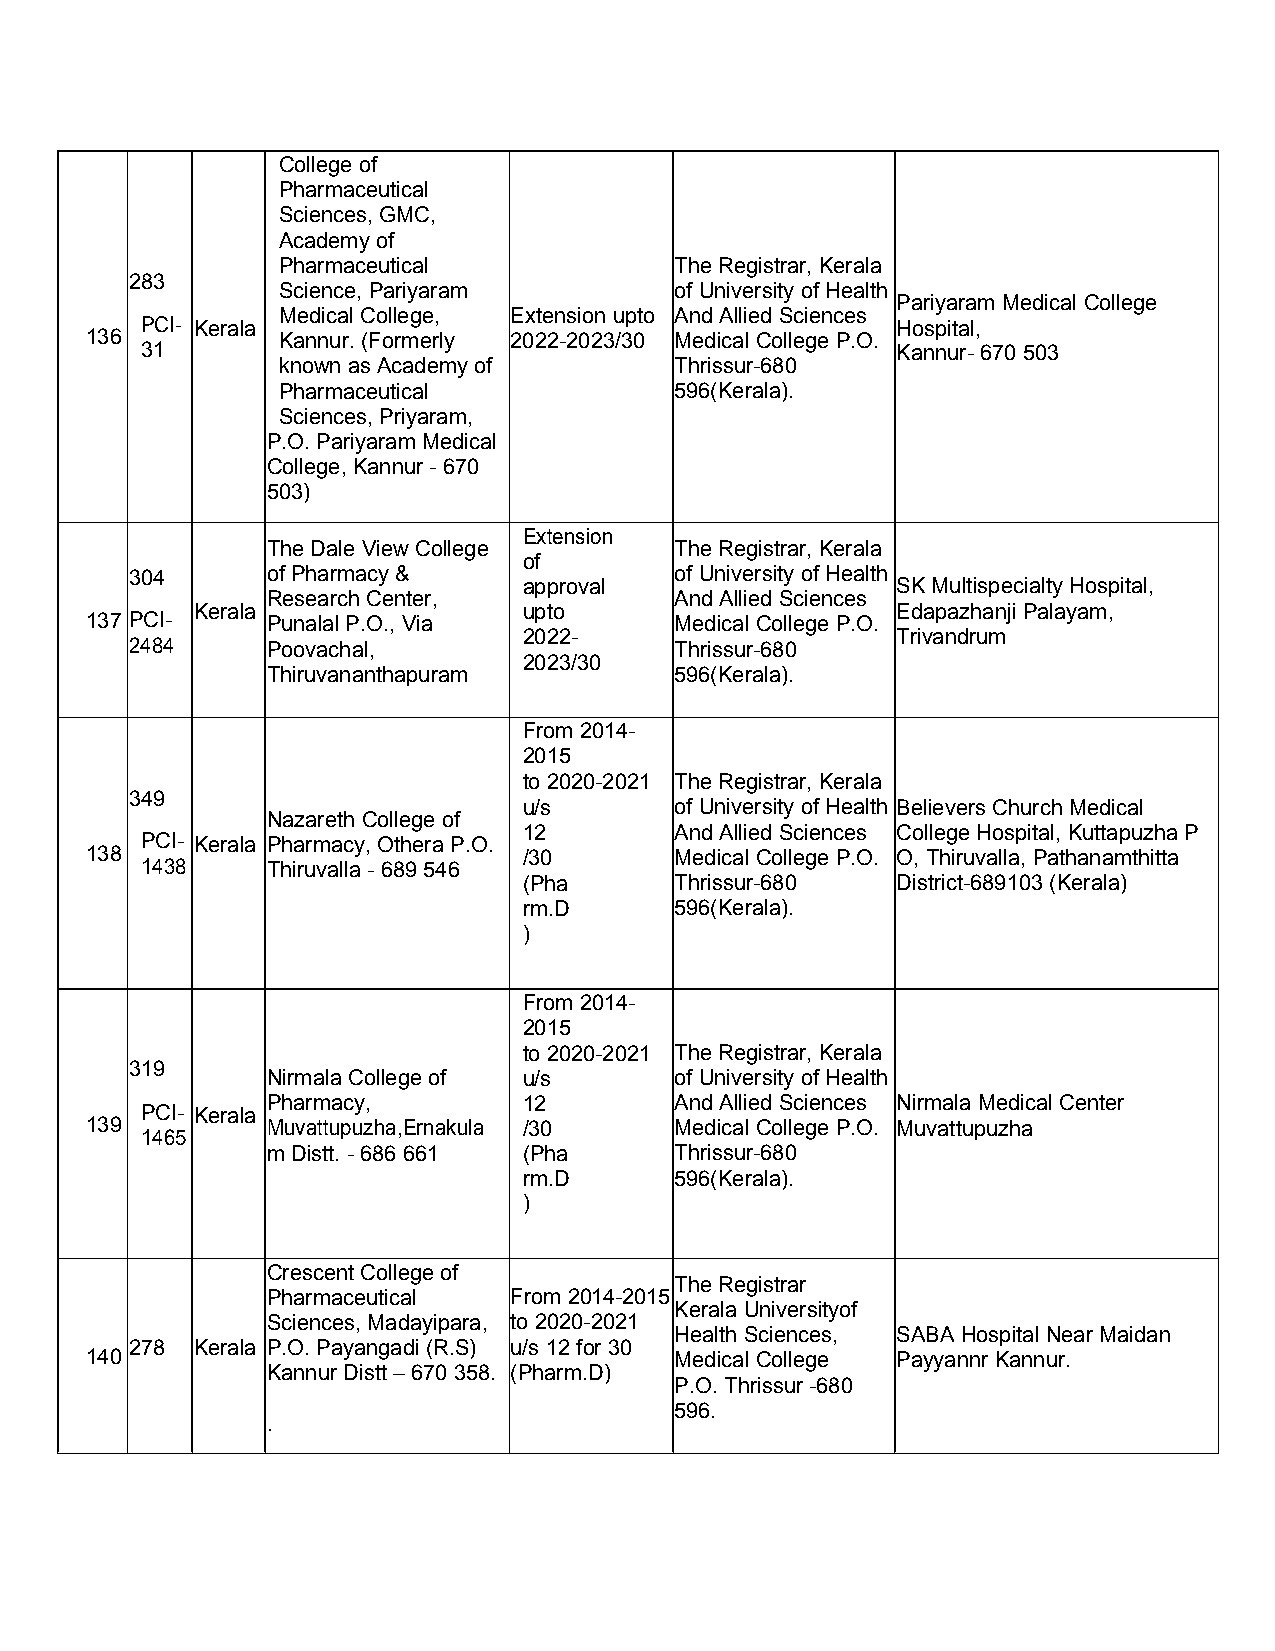
Collegeof
 Pharmaceutical
 Sciences,GMC,
 Academyof
 Pharmaceutical             TheRegistrar, Kerala
 283
 Science,Pariyaram          of University ofHealth
 Pariyaram MedicalCollege
 MedicalCollege, Extension upto AndAlliedSciences
 PCI- Kerala                                       Hospital,
 136         Kannur.(Formerly 2022-2023/30 MedicalCollege P.O.
 31                                                Kannur- 670503
 known asAcademyof          Thrissur-680
 Pharmaceutical             596(Kerala).
 Sciences,Priyaram,
 P.O.Pariyaram Medical
 College,Kannur - 670
 503)
 Extension
 TheDale View College       TheRegistrar, Kerala
 of
 304      ofPharmacy&                of University ofHealth
 approval                SK Multispecialty Hospital,
 ResearchCenter,            AndAlliedSciences
 Kerala                upto                    EdapazhanjiPalayam,
 137 PCI-    PunalalP.O.,Via            MedicalCollege P.O.
 2022-                   Trivandrum
 2484     Poovachal,                 Thrissur-680
 2023/30
 Thiruvananthapuram         596(Kerala).
 From 2014-
 2015
 to2020-2021 TheRegistrar, Kerala
 349
 u/s       of University ofHealth Believers ChurchMedical
 NazarethCollege of
 12        AndAlliedSciences CollegeHospital,Kuttapuzha P
 PCI- Kerala Pharmacy, Othera P.O.
 138                          /30       MedicalCollege P.O. O,Thiruvalla,Pathanamthitta
 1438     Thiruvalla-689 546
 (Pha      Thrissur-680  District-689103 (Kerala)
 rm.D      596(Kerala).
 )
 From 2014-
 2015
 to2020-2021 TheRegistrar, Kerala
 319
 NirmalaCollegeof u/s       of University ofHealth
 Pharmacy,        12        AndAlliedSciences Nirmala Medical Center
 PCI- Kerala
 139         Muvattupuzha,Ernakula /30  MedicalCollege P.O. Muvattupuzha
 1465
 mDistt.- 686661  (Pha      Thrissur-680
 rm.D      596(Kerala).
 )
 CrescentCollege of
 TheRegistrar
 Pharmaceutical  From 2014-2015
 Kerala Universityof
 Sciences,Madayipara, to 2020-2021
 Health Sciences, SABA HospitalNear Maidan
 278 Kerala P.O.Payangadi (R.S) u/s 12 for30
 140                                    MedicalCollege Payyannr Kannur.
 Kannur Distt–670358. (Pharm.D)
 P.O. Thrissur -680
 596.
 .